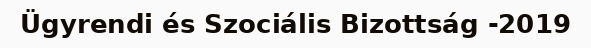
Ügyrendi és Szociális Bizottság -2019